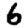
Digit: 6